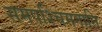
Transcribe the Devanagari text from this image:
समपश्चिमगानि